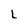
Character: L